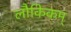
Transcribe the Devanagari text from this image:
लौकिकम्